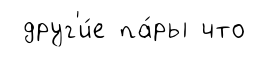
друг'и́е па́ры что